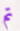
تم